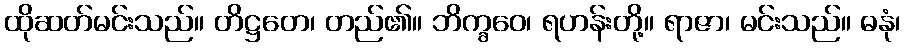
ထိုဆတ်မင်းသည်။ တိဋ္ဌတေ၊ တည်၏။ ဘိက္ခဝေ၊ ရဟန်းတို့။ ရာဇာ၊ မင်းသည်။ ဓနုံ၊